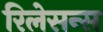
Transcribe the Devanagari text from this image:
रिलेसन्स